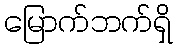
မြောက်ဘက်ရှိ